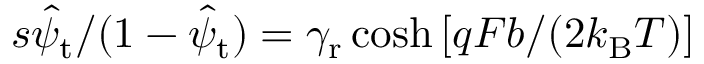
s \hat { \psi } _ { \mathrm { t } } / ( 1 - \hat { \psi } _ { \mathrm { t } } ) = \gamma _ { \mathrm { r } } \cosh \left[ q F b / ( 2 k _ { \mathrm { B } } T ) \right]